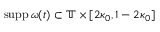
\mathrm { s u p p } \, \omega ( t ) \subset \mathbb { T } \times [ 2 \kappa _ { 0 } , 1 - 2 \kappa _ { 0 } ]